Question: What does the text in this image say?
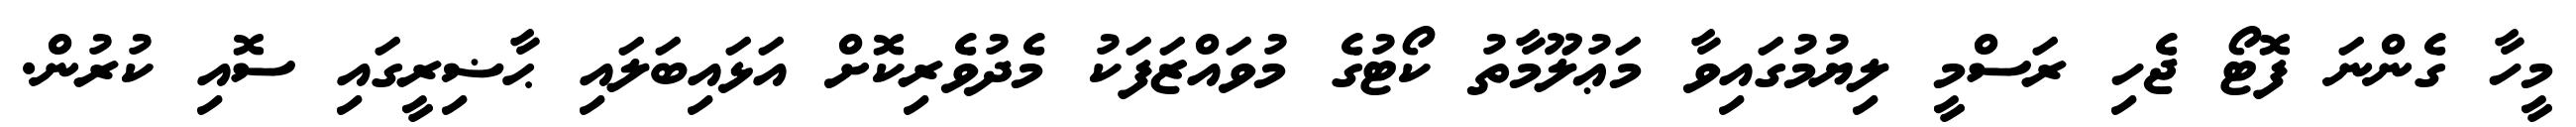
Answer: މީހާ ގެންނަ ފޮޓޯ ޖެހި ރަސްމީ ލިޔުމުގައިވާ މަޢުލޫމާތު ކޯޓުގެ މުވައްޒަފަކު މެދުވެރިކޮށް އަޅައިބަލައި ޙާޟިރީގައި ސޮއި ކުރުން.